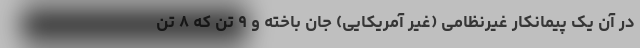
در آن یک پیمانکار غیرنظامی (غیر آمریکایی) جان باخته و ۹ تن که ۸ تن